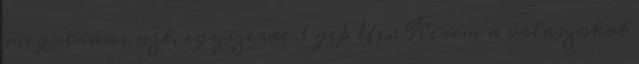
megoldani azt, egyszerre 3 gep Ui.: Kerem a valaszokat